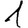
Digit: 1